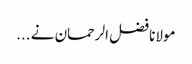
مولانا فضل الرحمان نے ...